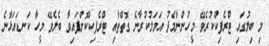
މި ބިލުގައި ޓްރެފިކްކުރެވޭ މީހުންނާމެދު އަމަލުކުރާނެ ގޮތްތާއި ޓްރެފިކްކޮށްފައިވާ ބެލެވޭ މީހާ ކަނޑައަޅާނެ